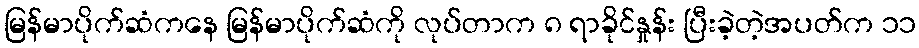
မြန်မာပိုက်ဆံကနေ မြန်မာပိုက်ဆံကို လုပ်တာက ၈ ရာခိုင်နှုန်း ပြီးခဲ့တဲ့အပတ်က ၁၁